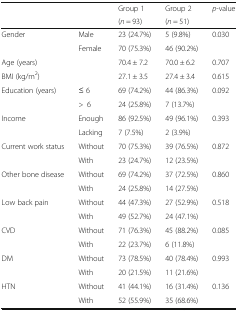
|  |  | Group 1 | Group 2 | p-value |
 |  |  | (n = 93) | (n = 51) |  |
 | --- | --- | --- | --- | --- |
 | <ROWSPAN=2> Gender | Male | 23 (24.7%) | 5 (9.8%) | 0.030 |
 | Female | 70 (75.3%) | 46 (90.2%) |  |
 | Age (years) |  | 70.4 ± 7.2 | 70.0 ± 6.2 | 0.707 |
 | BMI (kg/m2) |  | 27.1 ± 3.5 | 27.4 ± 3.4 | 0.615 |
 | <ROWSPAN=2> Education (years) | ≤ 6 | 69 (74.2%) | 44 (86.3%) | 0.092 |
 | >6 | 24 (25.8%) | 7 (13.7%) |  |
 | <ROWSPAN=2> Income | Enough | 86 (92.5%) | 49 (96.1%) | 0.393 |
 | Lacking | 7 (7.5%) | 2 (3.9%) |  |
 | <ROWSPAN=2> Current work status | Without | 70 (75.3%) | 39 (76.5%) | 0.872 |
 | With | 23 (24.7%) | 12 (23.5%) |  |
 | <ROWSPAN=2> Other bone disease | Without | 69 (74.2%) | 37 (72.5%) | 0.860 |
 | With | 24 (25.8%) | 14 (27.5%) |  |
 | <ROWSPAN=2> Low back pain | Without | 44 (47.3%) | 27 (52.9%) | 0.518 |
 | With | 49 (52.7%) | 24 (47.1%) |  |
 | <ROWSPAN=2> CVD | Without | 71 (76.3%) | 45 (88.2%) | 0.085 |
 | With | 22 (23.7%) | 6 (11.8%) |  |
 | <ROWSPAN=2> DM | Without | 73 (78.5%) | 40 (78.4%) | 0.993 |
 | With | 20 (21.5%) | 11 (21.6%) |  |
 | <ROWSPAN=2> HTN | Without | 41 (44.1%) | 16 (31.4%) | 0.136 |
 | With | 52 (55.9%) | 35 (68.6%) |  |